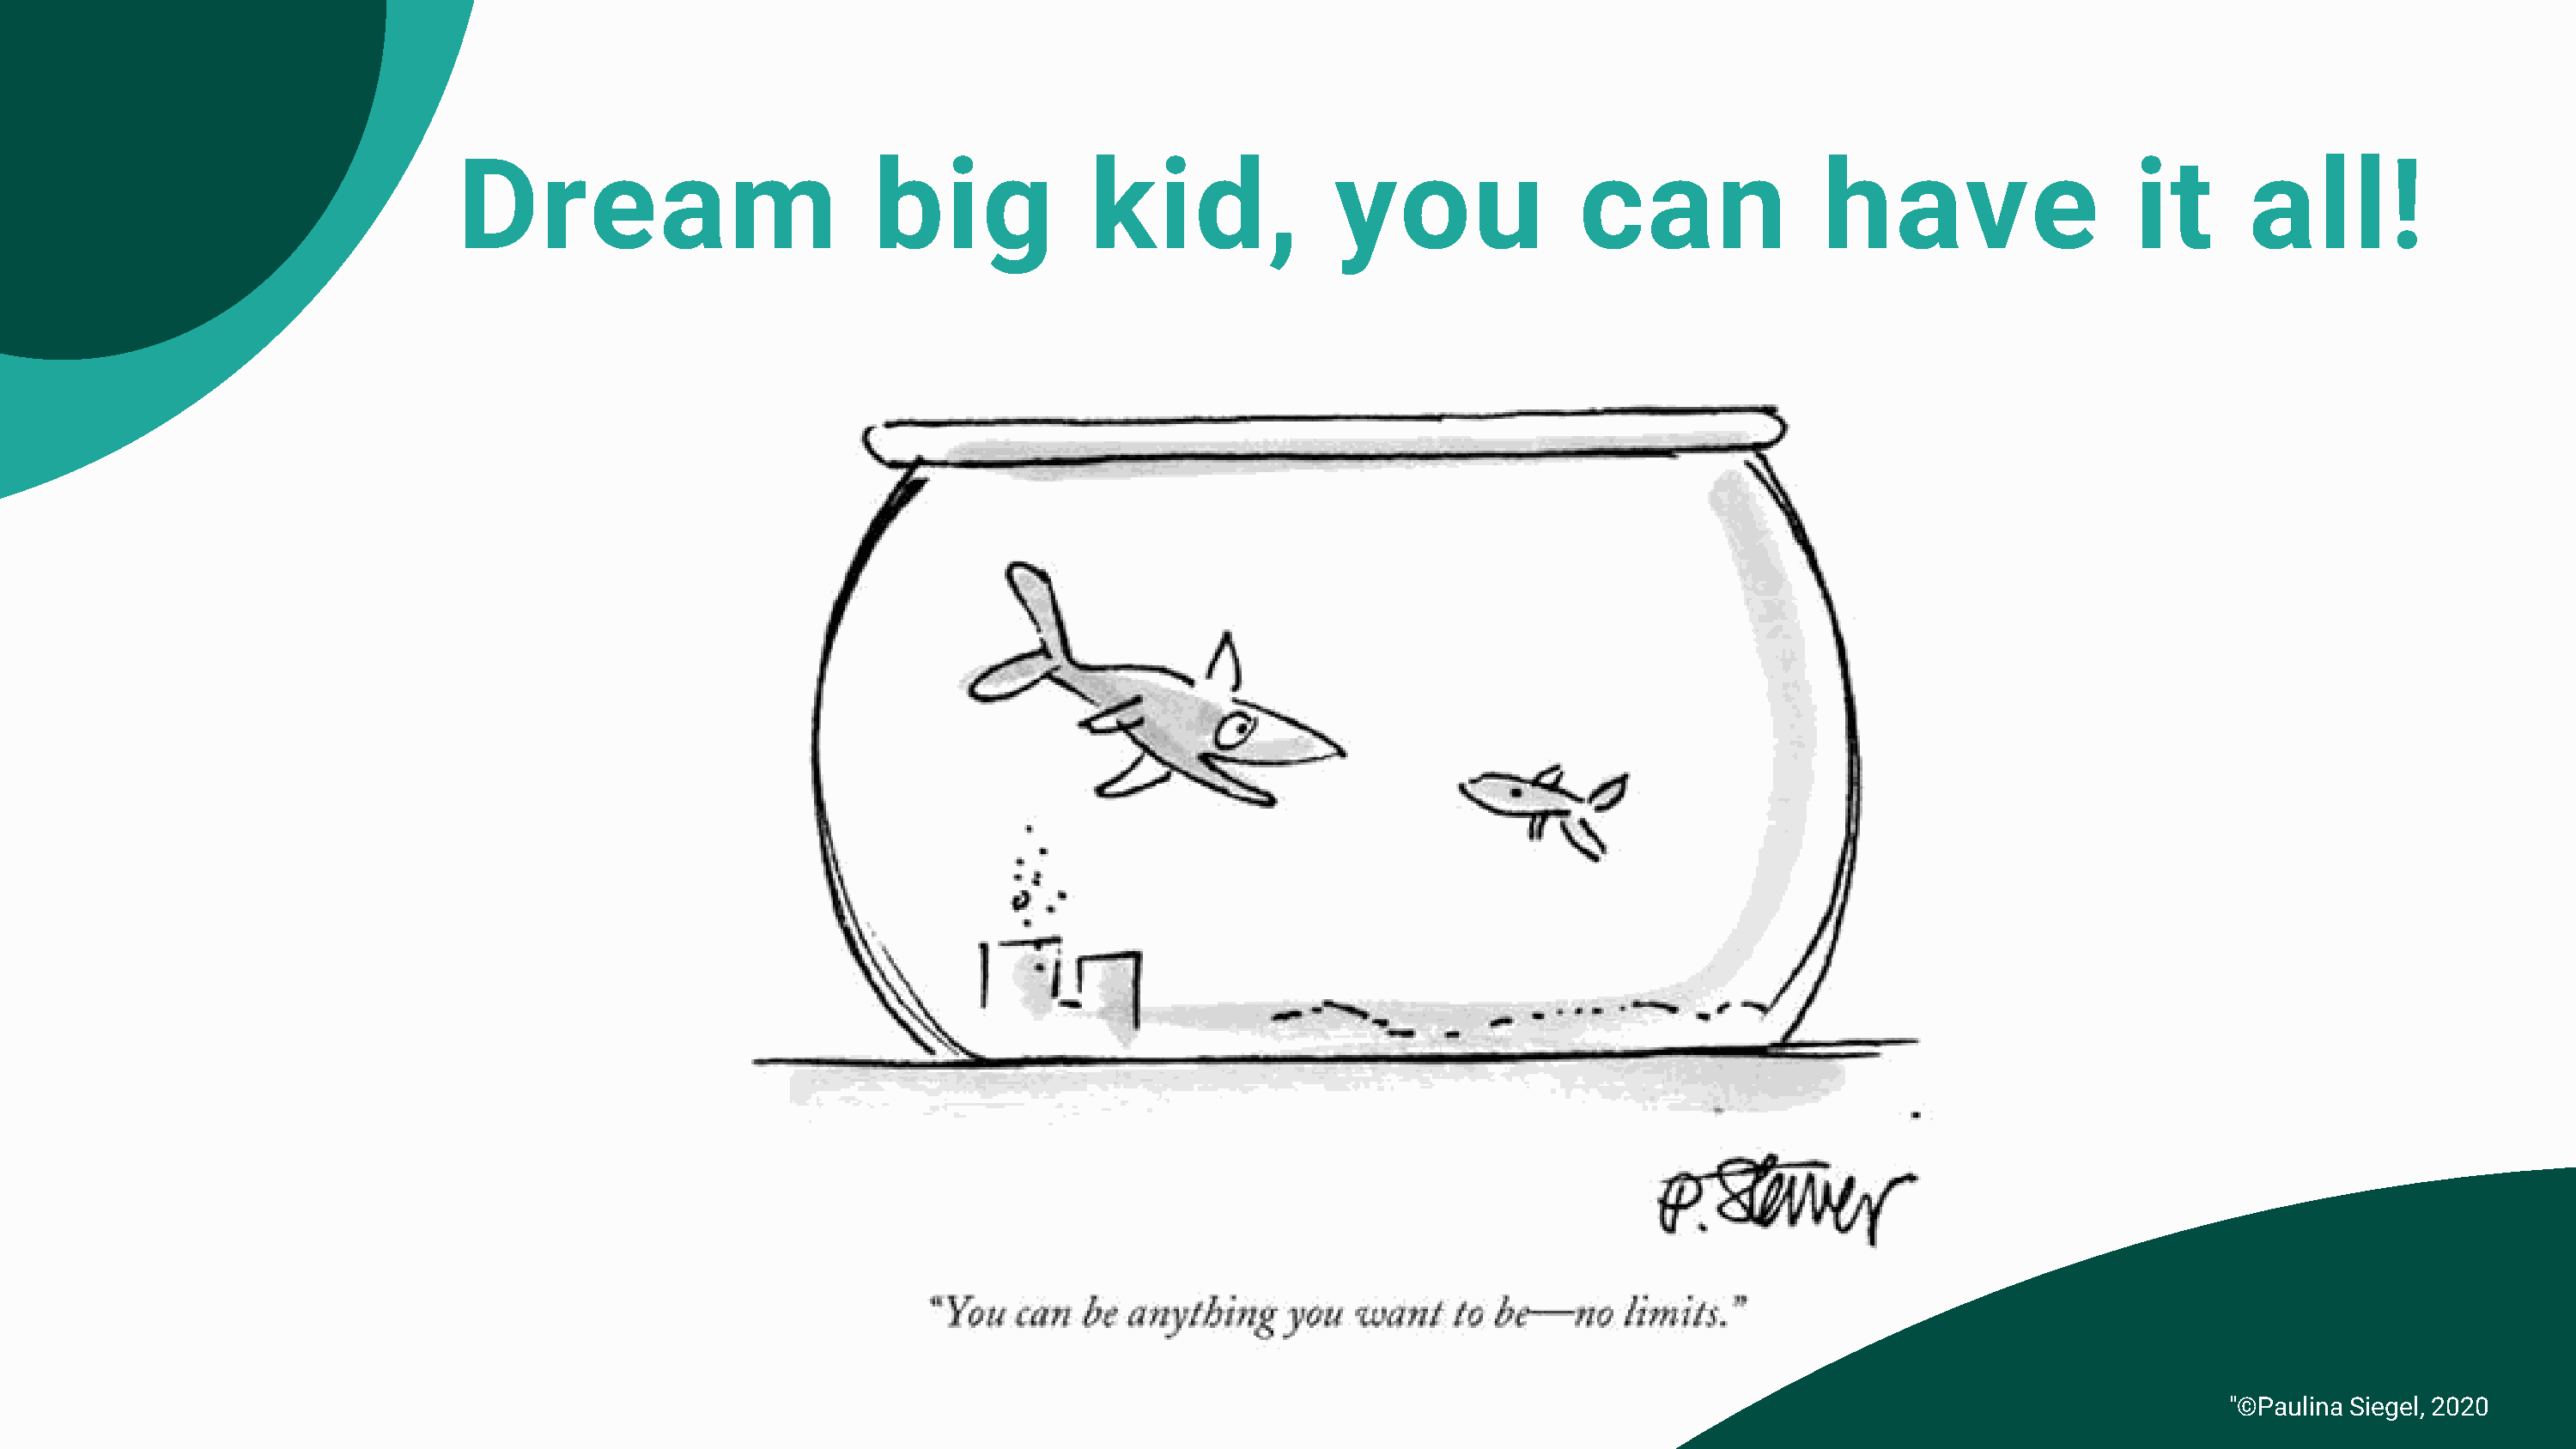
Dream                           big              kid,               you                can                have                    it      all!
 "©Paulina Siegel, 2020